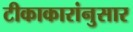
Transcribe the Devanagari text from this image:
टीकाकारांनुसार